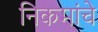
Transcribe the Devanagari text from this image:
निकमांचे